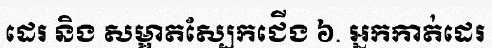
ដេរ និង សម្អាតស្បែកជើង ៦. អ្នកកាត់ដេរ